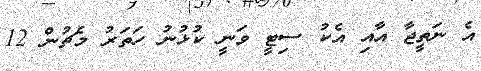
އެ ނަތީޖާ އާއި އެކު ސިޓީ ވަނީ ކުޅުނު ހަތަރު މެޗުން 12